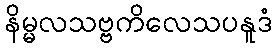
နိမ္မလသဗ္ဗကိလေသပနူဒံ